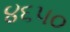
૪૬૫૦